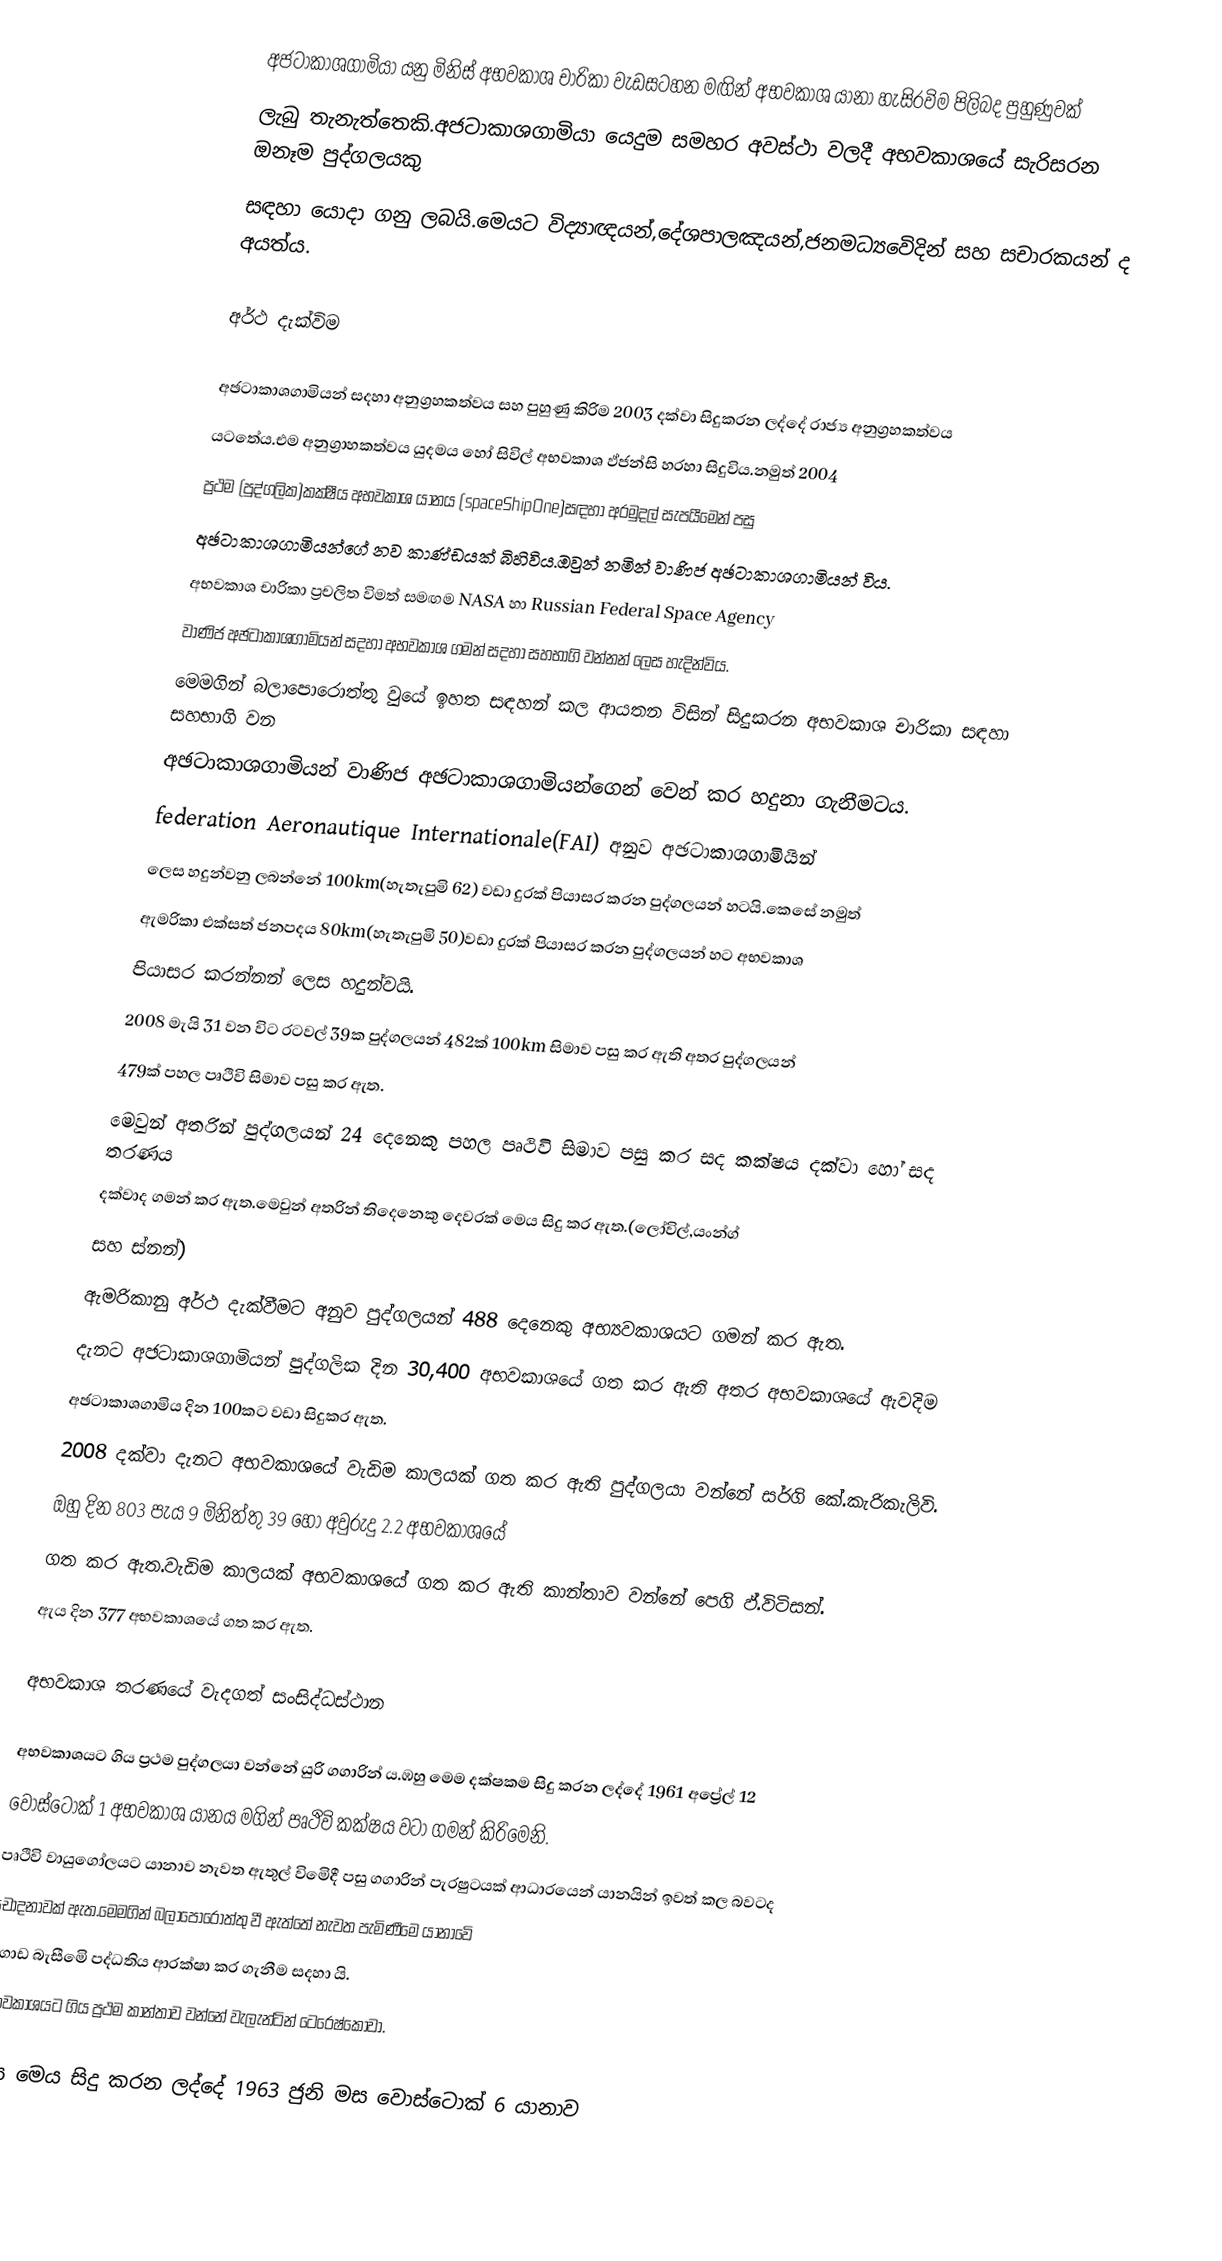
අජටාකාශගාමියා  යනු මිනිස් අභවකාශ චාරිකා වැඩසටහන මඟින් අභවකාශ යානා හැසිරවිම පිලිබද පුහුණුවක්
ලැබු තැනැත්තෙකි.අජටාකාශගාමියා යෙදුම සමහර අවස්ථා වලදී අභවකාශයේ සැරිසරන ඔනෑම පුද්ගලයකු
සඳහා යොදා ගනු ලබයි.මෙයට විද්‍යාඥයන්,දේශපාලඤයන්,ජනම‍ධ්‍යවෙිදින් සහ සචාරකයන් ද අයත්ය.

අර්ථ දැක්විම

අඡටාකාශගාමියන් සදහා අනුග්‍රහකත්වය සහ පුහුණු කිරිම 2003 දක්වා සිදුකරන ලද්දේ රාජ්‍ය  අනුග්‍රහකත්වය
යටතේය.එම අනුග්‍රාහකත්වය යුදමය හෝ සිවිල් අභවකාශ ඵ්ජන්සි හරහා සිදුවිය.නමුත්  2004
ප්‍රථම (පුද්ගලික)කක්ෂීය අභවකාශ යානය (spaceShipOne)සඳහා  අරමුදල්  සැපයීමෙන් පසු
අඡටාකාශගාමියන්ගේ නව කාණ්ඩයක් බිහිවිය.ඔවුන් නමින් වාණිජ අඡටාකාශගාමියන් විය.
අභවකාශ චාරිකා ප්‍රචලිත විමත් සමඟම NASA හා Russian Federal Space Agency
වාණිජ අඡටාකාශගාමියන් සදහා අභවකාශ ගමන් සදහා සහභාගි වන්නන් ලෙස හැදින්විය.
මෙමගින් බලාපොරොත්තු වුයේ ඉහත සඳහන් කල ආයතන විසින් සිදුකරන අභවකාශ චාරිකා සඳහා සහභාගි වන
අඡටාකාශගාමියන් වාණිජ අඡටාකාශගාමියන්ගෙන් වෙන් කර හදුනා ගැනීමටය.
federation Aeronautique Internationale(FAI) අනුව අඡටාකාශගාමියින්
ලෙස හදුන්වනු ලබන්නේ 100km(හැතැපුමි 62) වඩා දුරක් පියාසර කරන පුද්ගලයන් හටයි.කෙසේ නමුත්
ඇමරිකා එක්සත් ජනපද‍ය  80km(හැතැපුමි 50)වඩා දුරක් පියාසර කරන පුද්ගලයන් හට අභවකාශ
පියාසර කරන්නන් ලෙස හදුන්වයි.
2008 මැයි 31 වන විට රටවල් 39ක පුද්ගලයන් 482ක්  100km සිමාව පසු කර ඇති අතර පුද්ගලයන්
479ක් පහල පෘථිවි සිමාව පසු කර ඇත.
මෙවුන් අතරින් පුද්ගලයන් 24 දෙනෙකු පහල පෘථිවි සිමාව පසු කර සද කක්ෂය දක්වා හෝ සද තරණය
දක්වාද ගමන් කර ඇත.මෙවුන් අතරින් තිදෙනෙකු දෙවරක් මෙය සිදු කර ඇත.(ලෝවිල්,යංන්ග්
සහ ස්නන්)
ඇමරිකානු අර්ථ දැක්වීමට අනුව පුද්ගලයන් 488 දෙනෙකු අභ්‍යවකාශයට ගමන් කර ඇත.
දැනට අඡටාකාශගාමියන් පුද්ගලික දින 30,400 අභවකාශයේ ගත කර ඇති අතර අභවකාශයේ ඇවදිම
අඡටාකාශගාමිය දින 100කට වඩා සිදුකර ඇත.
2008 දක්වා දැනට  අභවකාශයේ වැඩිම කාලයක් ගත කර ඇති පුද්ගලයා වන්නේ සර්ගි කේ.කැරිකැලිවි.
ඔහු දින 803 පැය 9 මිනිත්තු 39 හෝ අවුරුදු 2.2 අභවකාශයේ
ගත කර ඇත.වැඩිම කාලයක් අභවකාශයේ ගත කර ඇති කාන්තාව වන්නේ පෙගි ඵ්.විටිසන්.
ඇය දින 377 අභවකාශයේ ගත කර ඇත.

අභවකාශ තරණයේ වැදගත් සංසිද්ධස්ථාන

අභවකාශයට ගිය ප්‍රථම පුද්ගලයා වන්නේ යුරි ගගාරින් ය.ඹහු මෙම දක්ෂකම සිදු කරන ලද්දේ 1961 අප්‍රේල් 12
වොස්ටොක් 1 අභවකාශ යානය මගින් පෘථිවි කක්ෂය වටා ගමන් කිරිමෙනි.
පෘථිවි වායුගෝලයට  යානාව නැවත ඇතුල් විමෙිදී  පසු ගගාරින් පැරෂුටයක් ආධාරයෙන් යානයින් ඉවත් කල බවටද
චෝදනාවක් ඇත.මෙමගින් බලාපොරොත්තු වී ඇත්තේ නැවත පැමිණීමෙ යානාවෙි
ගොඩ බැසීමෙි පද්ධතිය ආරක්ෂා කර ගැනීම සදහා යි.
අභවකාශයට ගිය ප්‍රථම කාන්තාව වන්නේ වැලැන්ටින් ටෙරෙෂ්කොවා.

ඇය මෙය සිදු කරන ලද්දේ 1963 ජුනි මස වොස්ටොක් 6 යානාව